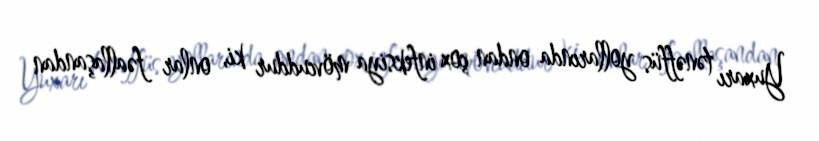
Yuxarı tənəffüs yollarında ondan çox infeksiya mövcuddur ki, onlar fəallaşandan